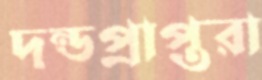
দন্ডপ্রাপ্তরা